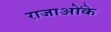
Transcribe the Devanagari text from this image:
राजाओंके